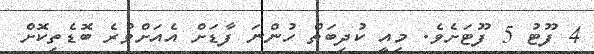
4 ފޫޓު 5 ފޫޓަށެވެ. މިއީ ކުދިބަތް ހުންނަ ފާޑަށް އެއަށްވުރެ ބޮޑެތިކޮށް